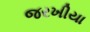
જરખીયા